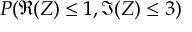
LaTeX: P ( \Re { ( Z ) } \leq 1 , \Im { ( Z ) } \leq 3 )